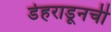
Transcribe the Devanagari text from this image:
डेहराडूनची